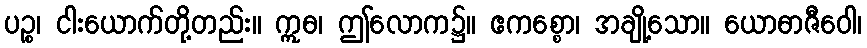
ပဉ္စ၊ ငါးယောက်တို့တည်း။ ဣဓ၊ ဤလောက၌။ ဧကစ္စော၊ အချို့သော။ ယောဓာဇီဝေါ၊